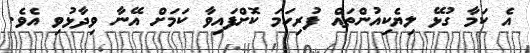
އެ ކަމާ ގުޅޭ ލިޔެކިއުންތައް ފުރިހަމަ ކޮށްފައިވާ ކަމަށް އޭނާ ވިދާޅުވި އެވެ.